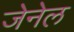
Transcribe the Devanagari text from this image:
जेनेल